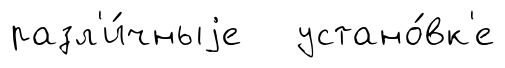
разл'и́чныjе устано́вк'е